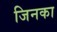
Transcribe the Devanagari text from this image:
जिनका